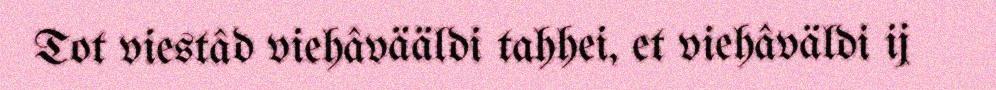
Tot viestâd viehâvääldi tahhei, et viehâväldi ij